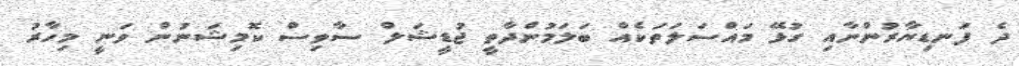
ދެ ފަނޑިޔާރުންނާއި ގުޅޭ މައްސަލަތަކެއް ބަލަމުންދާތީ ޖުޑީޝަލް ސާވިސް ކޮމިޝަނުން ވަނީ މިހާރު